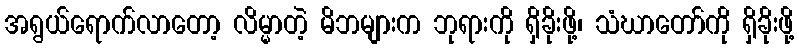
အရွယ်ရောက်လာတော့ လိမ္မာတဲ့ မိဘများက ဘုရားကို ရှိခိုးဖို့၊ သံဃာတော်ကို ရှိခိုးဖို့